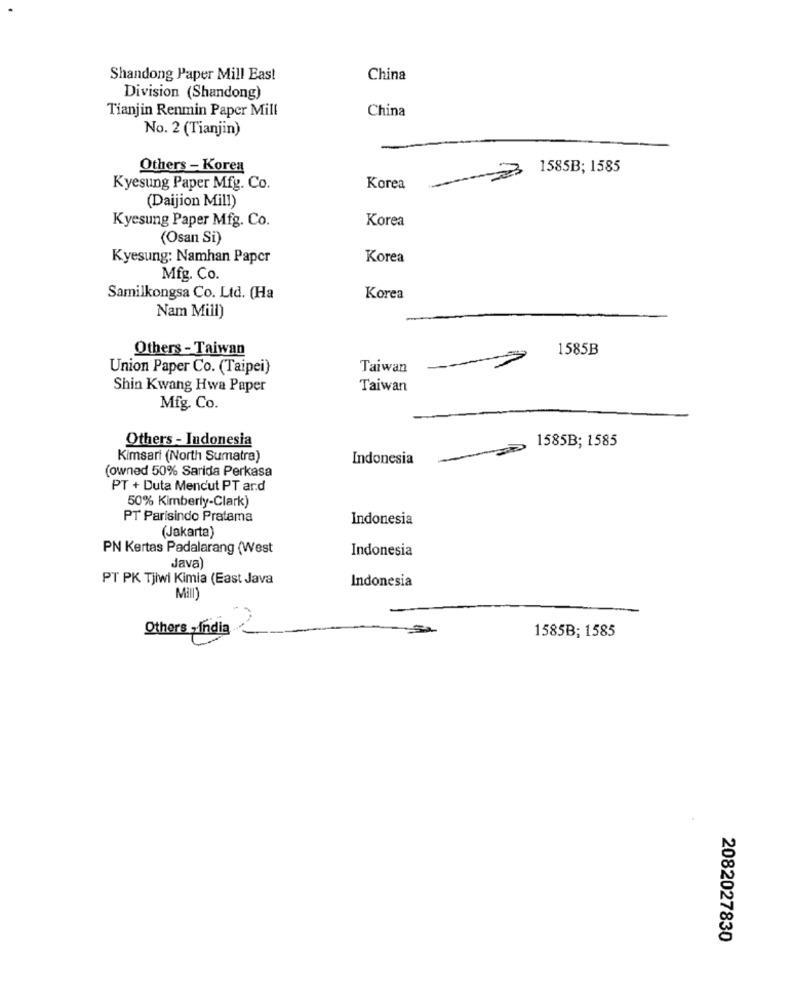
Shandong Paper Mill East
China
Division (Shandong)
Tianjin Renmin Paper Mill
China
No. 2 (Tianjin)
Others - Korea
=03
1585B; 1585
Kyesung Paper Mfg. Co.
Korea
(Daijion Mill)
Kyesung Paper Mfg. Co.
Korea
(Osan Si)
Kyesung: Namhan Paper
Korea
Mfg. Co.
Samilkongsa Co. Ltd. (Ha
Korea
Nam Mill)
Others - Taiwan
1585B
Union Paper Co. (Taipei)
Taiwan
Shin Kwang Hwa Paper
Taiwan
Mfg. Co.
Others - Indonesia
1585B; 1585
Kimsari (North Sumatra)
Indonesia
(owned 50% Sarida Perkasa
PT + Duta Mencut PT and
50% Kimberly-Clark)
PT Parisindo Pratama
Indonesia
(Jakarta)
PN Kertas Padalarang (West
Indonesia
Java)
PT PK Tjiwi Kimia (East Java
Indonesia
Mill)
Others ,India
1585B; 1585
2082027830